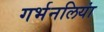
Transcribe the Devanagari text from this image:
गर्भनलियां